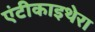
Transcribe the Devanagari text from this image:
एंटीकाइथेरा